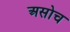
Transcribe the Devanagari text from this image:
असोच